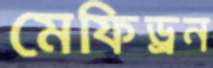
মেফিড্রন